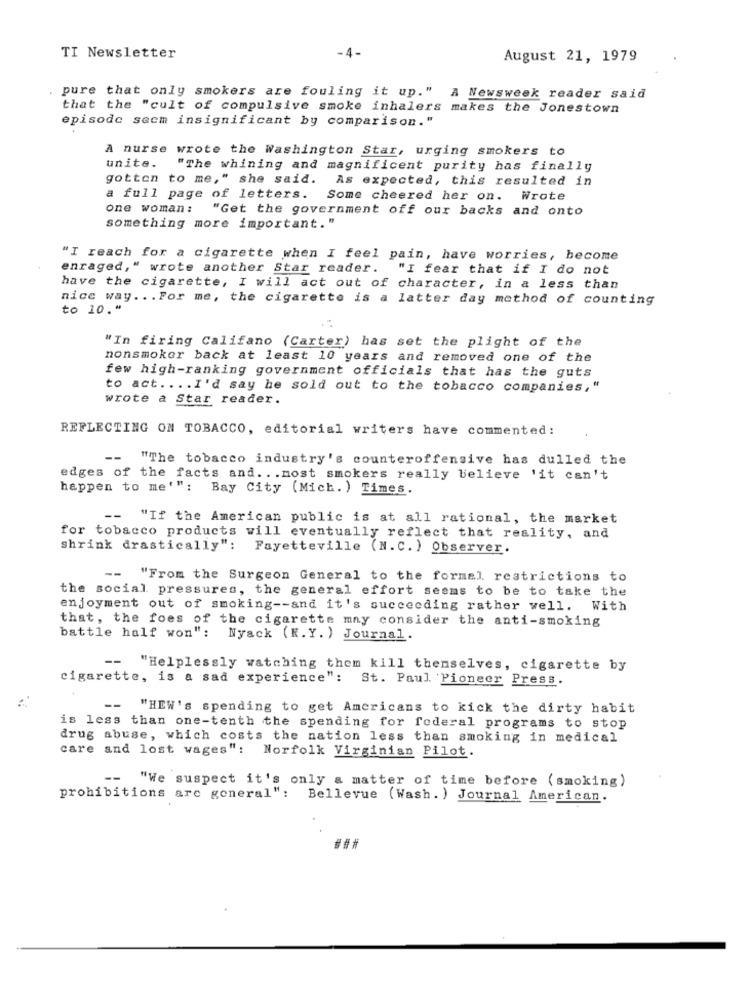
TI Newsletter
-4-
August 21, 1979
. pure that only smokers are fouling it up." A Newsweek reader said
that the "cult of compulsive smoke inhalers makes the Jonestown
episode seem insignificant by comparison."
A nurse wrote the Washington Star, urging smokers to
unite.
"The whining and magnificent purity has finally
gotten to me," she said.
As expected, this resulted in
a full page of letters.
Some cheered her on. Wrote
one woman:
"Get the government off our backs and onto
something more important."
"I reach for a cigarette when I feel pain, have worries, become
enraged," wrote another Star reader. "I fear that if I do not
have the cigarette, I will act out of character, in a less than
nice way ... For me, the cigarette is a latter day method of counting
to 10."
"In firing Califano (Carter) has set the plight of the
nonsmoker back at least 10 years and removed one of the
few high-ranking government officials that has the guts
to act .... I'd say he sold out to the tobacco companies,"
wrote a Star reader.
REFLECTING ON TOBACCO, editorial writers have commented:
--
"The tobacco industry's counteroffensive has dulled the
edges of the facts and. . . most smokers really believe 'it can't
happen to me' ":
Bay City (Mich. ) Times.
--
"If the American public is at all rational, the market
for tobacco products will eventually reflect that reality, and
shrink drastically": Fayetteville (N.C. ) Observer.
-- "From the Surgeon General to the formal, restrictions to
the social pressures, the general effort seems to be to take the
enjoyment out of smoking -- and it's succeeding rather well. With
that, the foes of the cigarette may consider the anti-smoking
battle half won": Nyack (K. Y. ) Journal.
--
"Helplessly watching them kill themselves, cigarette by
cigarette, is a sad experience":
St. Paul Pioneer Press.
"HEW's spending to get Americans to kick the dirty habit
is less than one-tenth the spending for federal programs to stop
drug abuse, which costs the nation less than smoking in medical
care and lost wages": Norfolk Virginian Pilot.
--
"We suspect it's only a matter of time before (smoking)
prohibitions are general":
Bellevue ( Wash. ) Journal American.